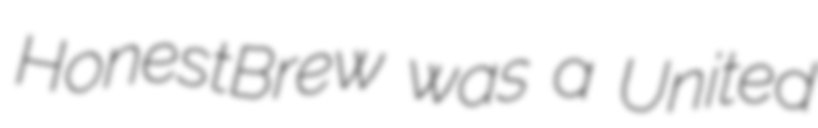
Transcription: HonestBrew was a United